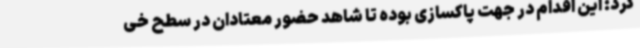
کرد: این اقدام در جهت پاکسازی بوده تا شاهد حضور معتادان در سطح خی